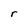
Character: r